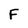
Character: F